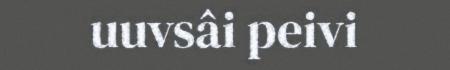
uuvsâi peivi